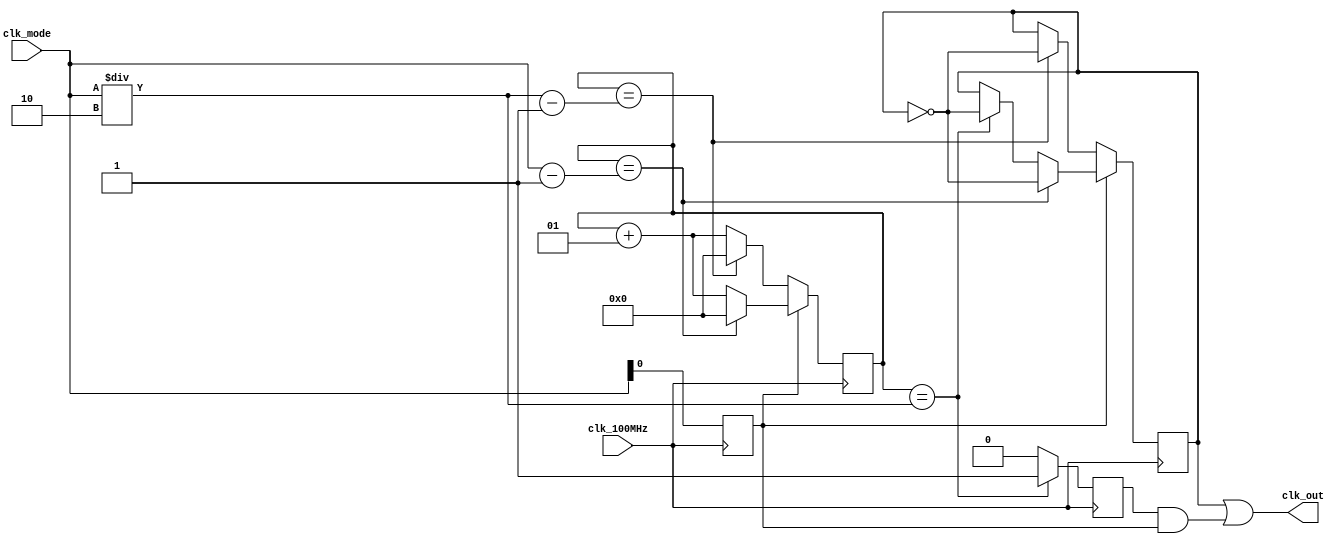
`timescale 1ns / 1ps
//////////////////////////////////////////////////////////////////////////////////
// Company: 
// Engineer: 
// 
// Design Name: 
// Module Name: Clk_Division
// Project Name: 
// Target Devices: 
// Tool Versions: 
// Description: 
// 
// Dependencies: 
// 
// Revision:
// Revision 0.01 - File Created
// Additional Comments:
// 
//////////////////////////////////////////////////////////////////////////////////

//This is an example of an integer divider that includes odd and even crossovers.
module Clk_Division(
   input clk_100MHz,
   input [30:0] clk_mode,
   output clk_out
   );
   
   reg Clk=0;
   reg flag=0;
   reg Is_Odd=0;
   integer Count=0;
   
   //Half cycle flag update
   always @(negedge clk_100MHz)
        begin
            Is_Odd=clk_mode[0];         //Determine whether the frequency division coefficient is an odd number
            if(Count==clk_mode/2)
                flag=1;
            else
                flag=0;
        end
   //Frequency division count
   always @(posedge clk_100MHz)
      begin
        if(Is_Odd)
            if(Count==clk_mode-1)
                begin
                    Count=0;
                    Clk=~Clk;
                end
            else if(Count==clk_mode/2)
                begin
                    Count=Count+1;
                    Clk=~Clk;
                end
            else
                Count=Count+1;
       else
            if(Count==clk_mode/2-1)
                begin
                     Count=0;
                     Clk=~Clk;
                end
            else
                Count=Count+1;
      end
      
   //Frequency divided clock output
   assign clk_out=Clk|(flag&Is_Odd);
endmodule